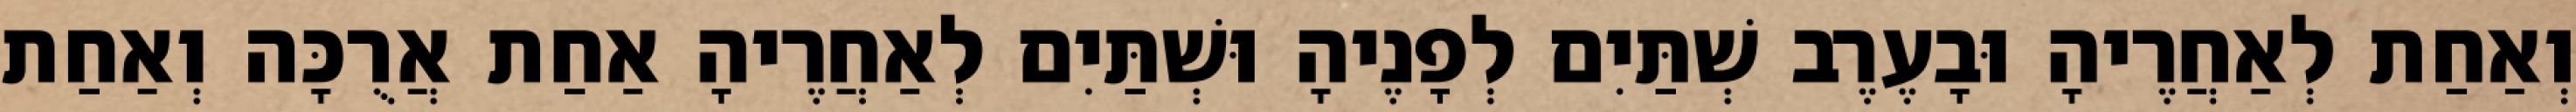
וְאַחַת לְאַחֲרֶיהָ וּבָעֶרֶב שְׁתַּיִם לְפָנֶיהָ וּשְׁתַּיִם לְאַחֲרֶיהָ אַחַת אֲרֻכָּה וְאַחַת